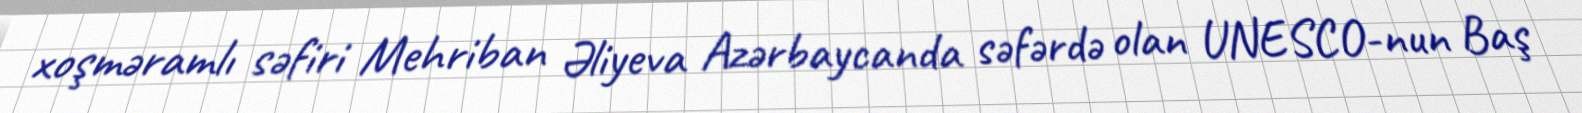
xoşməramlı səfiri Mehriban Əliyeva Azərbaycanda səfərdə olan UNESCO-nun Baş